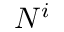
N ^ { i }